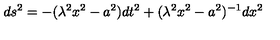
d s ^ { 2 } = - ( \lambda ^ { 2 } x ^ { 2 } - a ^ { 2 } ) d t ^ { 2 } + ( \lambda ^ { 2 } x ^ { 2 } - a ^ { 2 } ) ^ { - 1 } d x ^ { 2 }